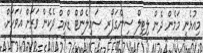
މިއުޅެނީ މަމެން ދެން ލިޓިލް ސިންގަޕޯރ ސައިލެންޓް ޑްރީމް ދެކެން ވަރަށް އަވަހަށް.